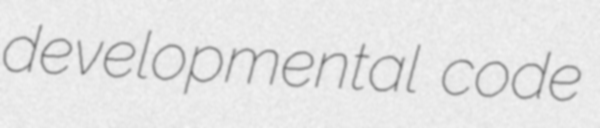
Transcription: developmental code